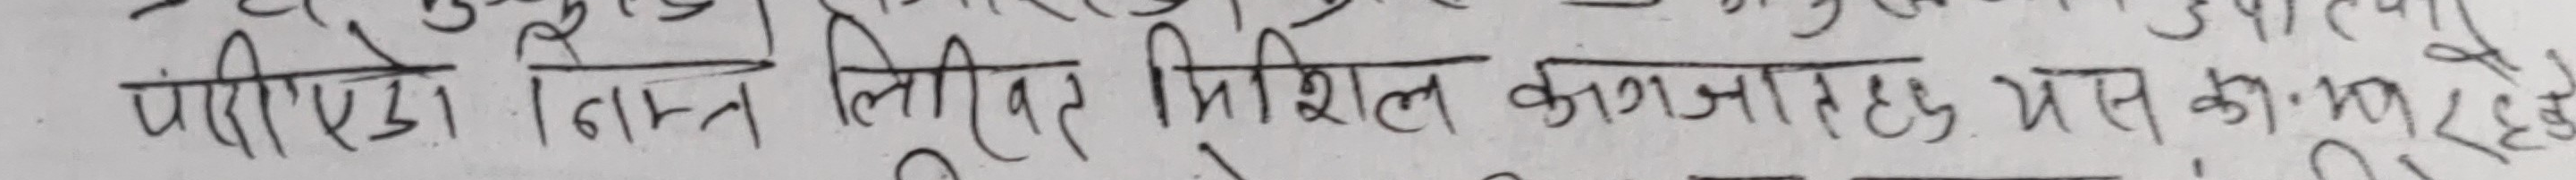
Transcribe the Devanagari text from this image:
पीएलएडो निमित्त लिखित मिसिल कागजत यस कागजातहरु